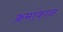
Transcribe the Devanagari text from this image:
क्रमांकानं